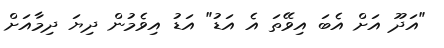
"އަދޫ އަށް އެބަ އިވޭތަ އެ އަޑު" އަޑު އިވެމުން ދިޔަ ދިމާއަށް